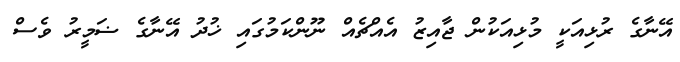
އޭނާގެ ރުޅިއަކީ މުޅިއަކުން ޖާއިޒު އެއްޗެއް ނޫންކަމުގައި ޚުދު އޭނާގެ ޟަމީރު ވެސް